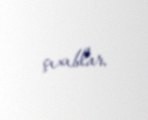
çıxıblar.